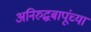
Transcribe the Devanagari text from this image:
अनिरुद्धबापूंच्या